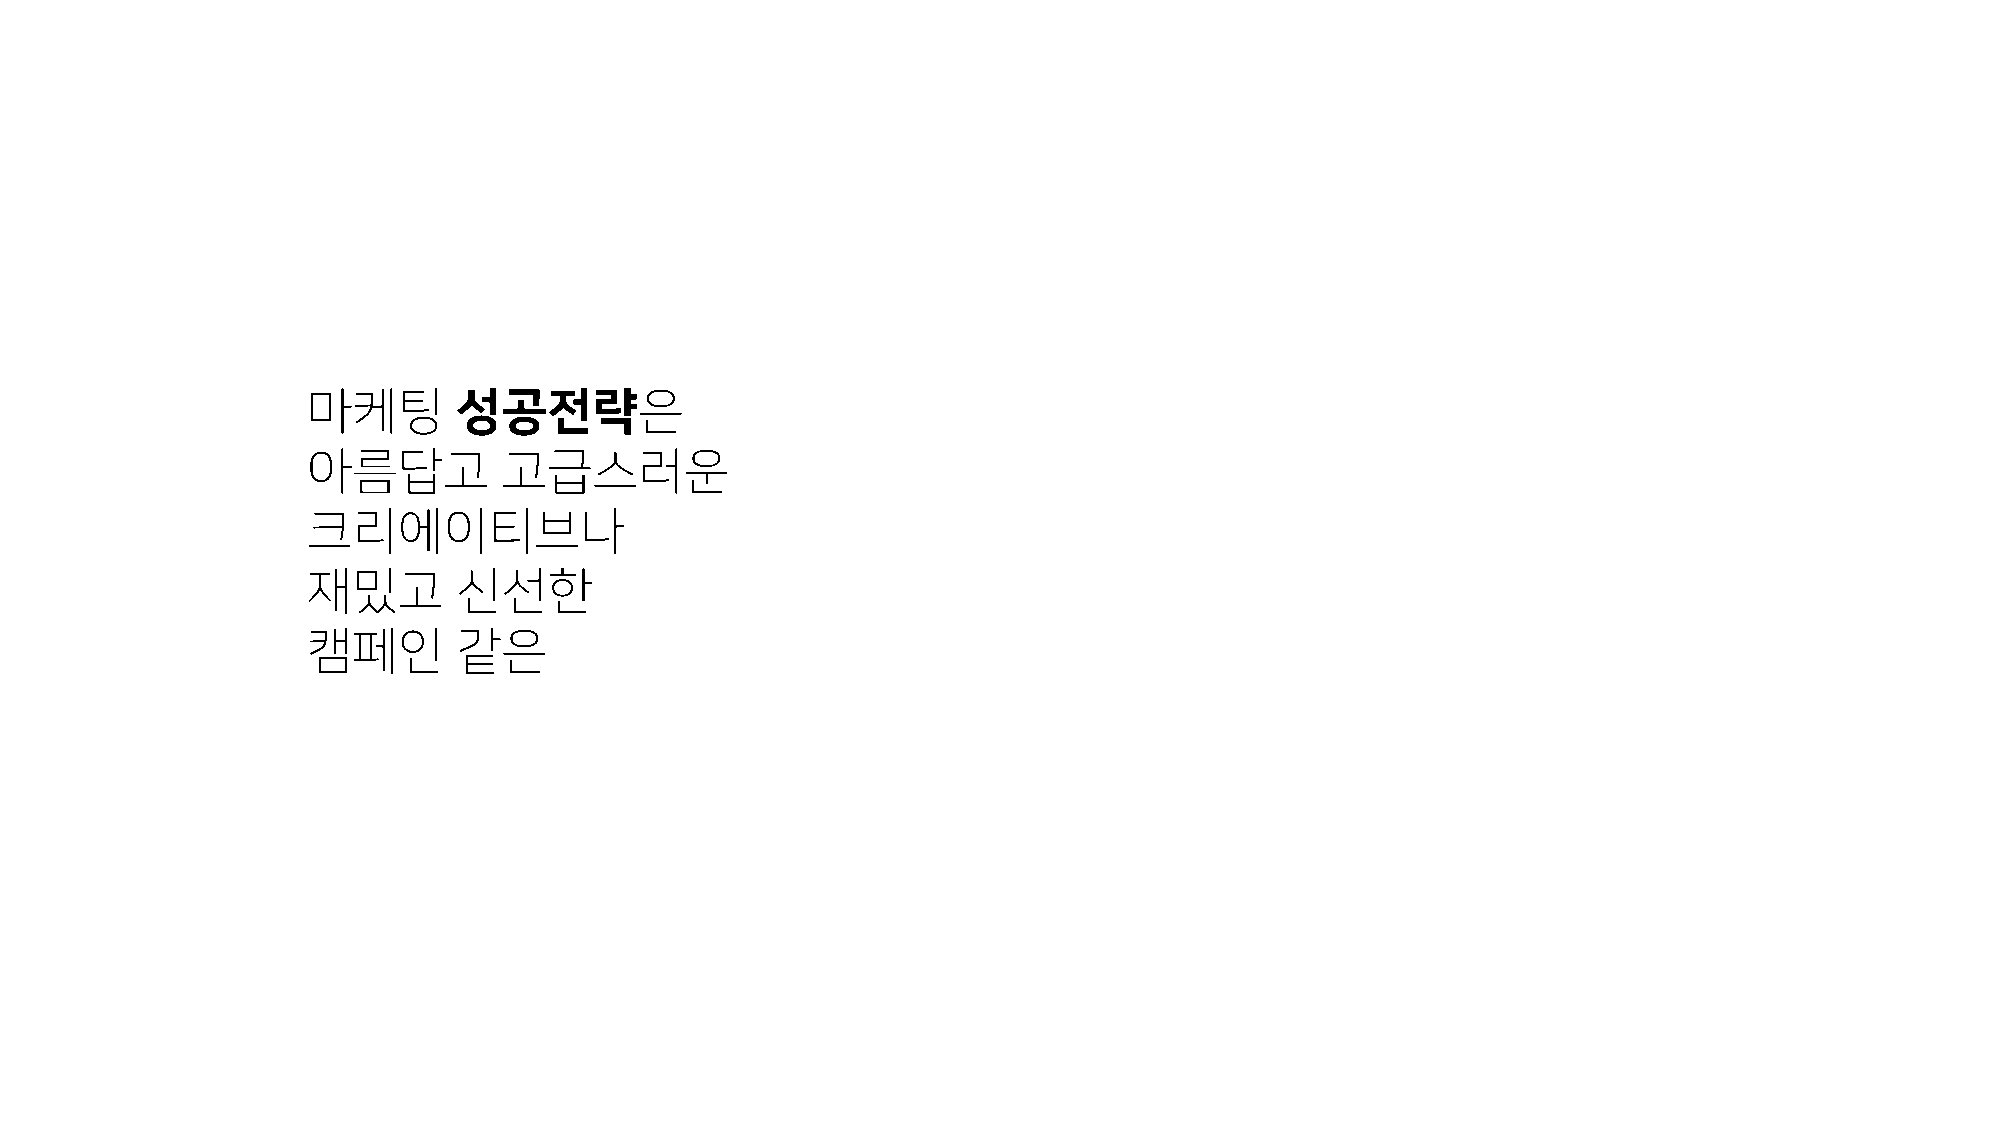
마케팅       성공전략은
 아름답고         고급스러운
 크리에이티브나
 재밌고       신선한
 캠페인       같은